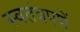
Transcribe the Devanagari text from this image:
स्वतंत्रपणें